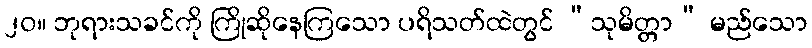
၂၀။ ဘုရားသခင်ကို ကြိုဆိုနေကြသော ပရိသတ်ထဲတွင် “သုမိတ္တာ” မည်သော